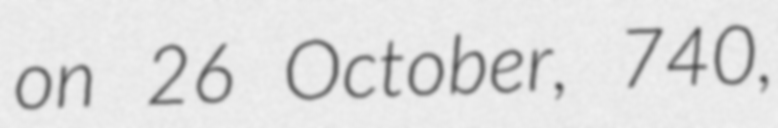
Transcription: on 26 October, 740,